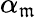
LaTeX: \alpha_{\mathfrak{m}}